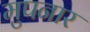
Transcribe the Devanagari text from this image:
मुपनार